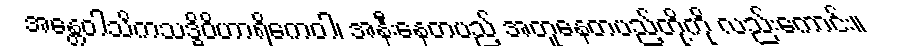
အန္တေဝါသိကသဒ္ဓိဝိဟာရိကေဝါ၊ အနီးနေတပည့် အတူနေတပည့်တို့ကို လည်းကောင်း။